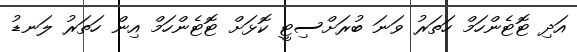
އަދި ޓޮޓެންހަމް ހަތަރު ވަނަ ބުރަށްސިޓީ ކޮޅަށް ޓޮޓެންހަމް އިން ހަތަރު ލަނޑު